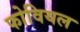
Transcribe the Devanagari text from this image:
फोवियल